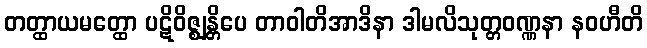
တတ္ထာယမတ္ထော ပဋိဝိဇ္ဈန္တိပေ တာဝါတိအာဒိနာ ဒါမလိသုတ္တဝဏ္ဏနာ နဝဟီတိ